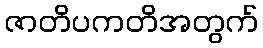
ဇာတိပကတိအတွက်